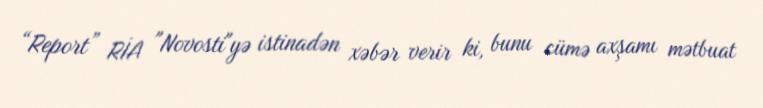
“Report” RİA "Novosti"yə istinadən xəbər verir ki, bunu cümə axşamı mətbuat